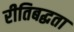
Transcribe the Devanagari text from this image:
रीतिबद्धता